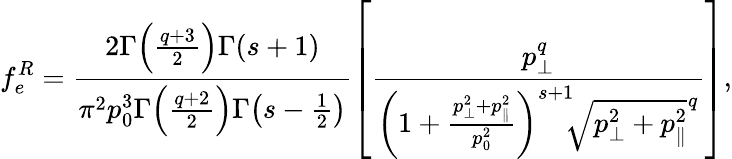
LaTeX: f_{e}^{R}=\frac{2\Gamma\! \left(\frac{q+3}{2}\right)\Gamma\! \left(s+1\right)}{\pi^{2}p_{0}^{3}\Gamma\! \left(\frac{q+2}{2}\right)\Gamma\! \left(s-\frac{1}{2}\right)}\left[\frac{p_{\perp}^{q}}{\left(1+\frac{p_{\perp}^{2}+p_{\parallel}^{2}}{p_{0}^{2}}\right)^{s+1}\! \! \sqrt{p_{\perp}^{2}+p_{\parallel}^{2}}^{q}}\right],